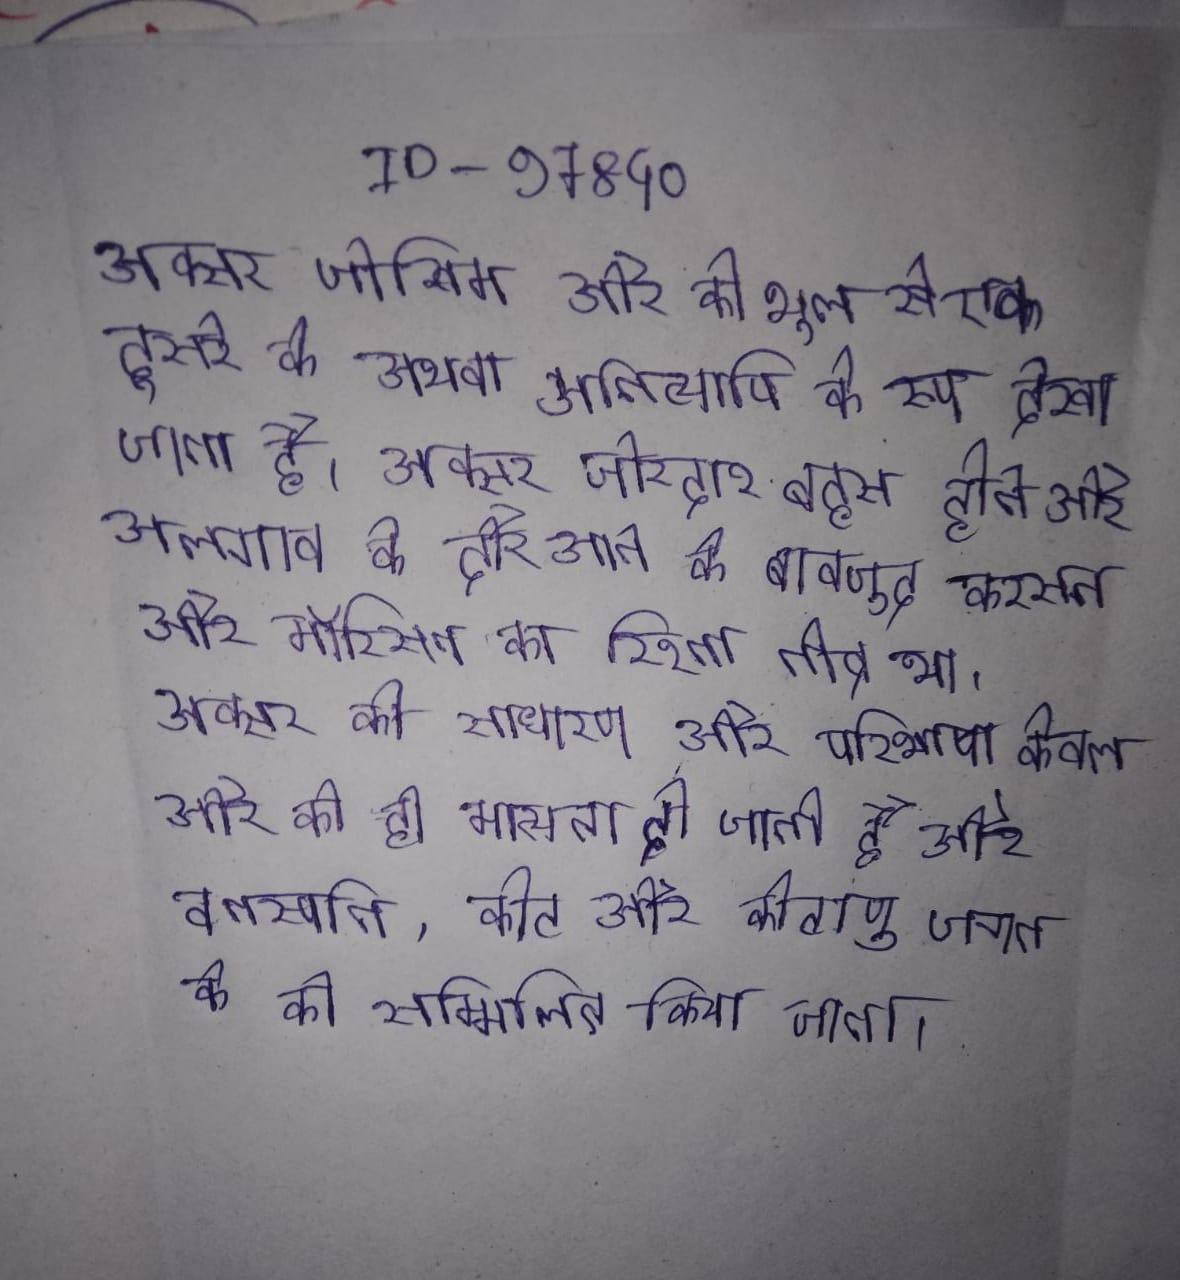
अक्सर जोखिम और को भूल से एक दूसरे के अथवा अतिव्यापि के रूप देखा जाता है । अक्सर जोरदार बहस होने और अलगाव के दौर आने के बावजूद करसन और मॉरिसन का रिश्ता तीव्र था । अक्सर की साधारण और परिभाषा केवल और को ही मान्यता दी जाती है और वनस्पति, कीट और कीटाणु जगत के को सम्मिलित किया जाता ।